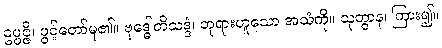
ဥပ္ပဇ္ဇိ၊ ပွင့်တော်မူ၏။ ဗုဒ္ဓေါတိသဒ္ဒံ၊ ဘုရားဟူသော အသံကို။ သုတွာန၊ ကြား၍။